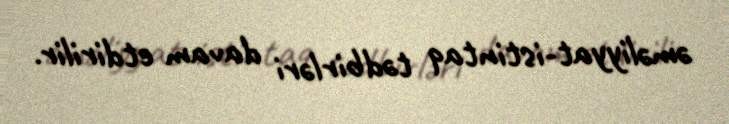
əməliyyat-istintaq tədbirləri davam etdirilir.